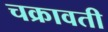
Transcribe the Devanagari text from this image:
चक्रावती